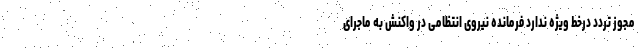
مجوز تردد درخط ویژه ندارد فرمانده نیروی انتظامی در واکنش به ماجرای